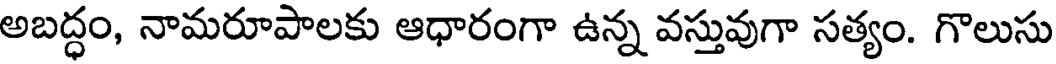
అబద్ధం, నామరూపాలకు ఆధారంగా ఉన్న వస్తువుగా సత్యం. గొలుసు